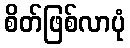
စိတ်ဖြစ်လာပုံ